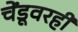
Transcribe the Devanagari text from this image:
चेंडूवरही